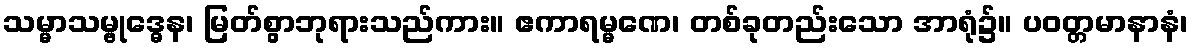
သမ္မာသမ္ဗုဒ္ဓေန၊ မြတ်စွာဘုရားသည်ကား။ ဧကာရမ္မဏေ၊ တစ်ခုတည်းသော အာရုံ၌။ ပဝတ္တမာနာနံ၊